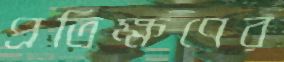
প্রতিক্ষণের